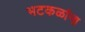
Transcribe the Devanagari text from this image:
भटकळांना